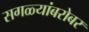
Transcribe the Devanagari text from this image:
सगळ्यांबरोबर